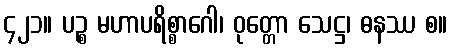
၄၂၁။ ပဉ္စ မဟာပရိစ္စာဂေါ၊ ဝုတ္တော သေဋ္ဌ၊ ဓနဿ စ။